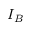
I _ { B }